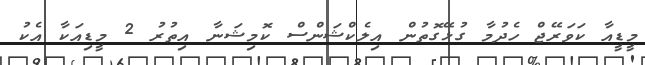
މީޑީއާ ކަވަރޭޖް ހެދުމާ ގުޅޭގޮތުން އިލެކްޝަންސް ކޮމިޝަނާ އިތުރު 2 މީޑިއަކާ އެކު